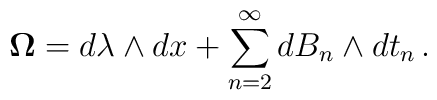
{\bf\Omega} = d\lambda\wedge dx + \sum_{n=2}^\infty d B_n \wedge d t_n\,.